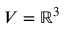
V = \mathbb { R } ^ { 3 }